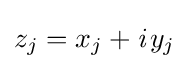
z_{j}=x_{j}+{\textit {i}}\,y_{j}